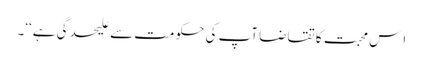
اِس محبت کا تقاضا آپ کی حکومت سے علیحدگی ہے‘‘۔